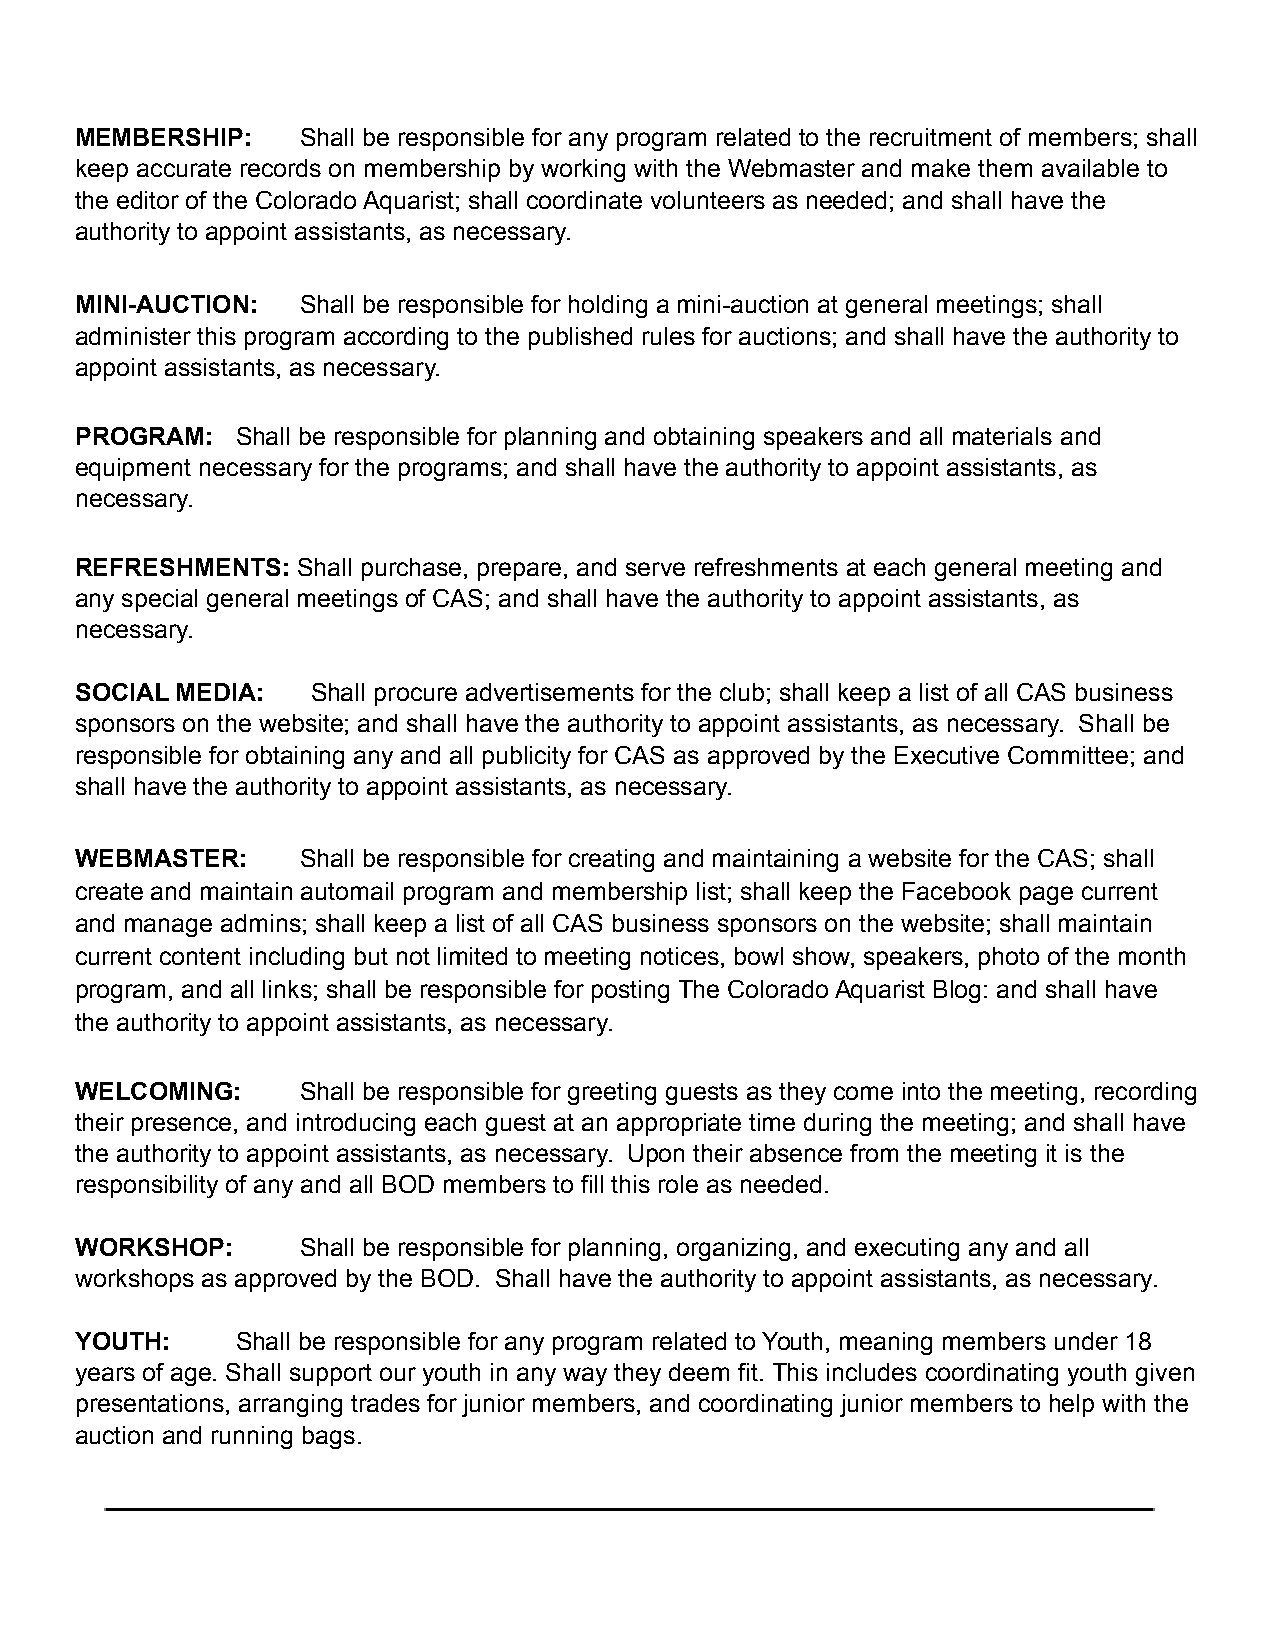
MEMBERSHIP:    Shall be responsible for any program related to the recruitment of members; shall
 keep accurate records on membership by working with the Webmaster and make them available to
 the editor of the Colorado Aquarist; shall coordinate volunteers as needed; and shall have the
 authority to appoint assistants, as necessary.
 MINI-AUCTION:  Shall be responsible for holding a mini-auction at general meetings; shall
 administer this program according to the published rules for auctions; and shall have the authority to
 appoint assistants, as necessary.
 PROGRAM:   Shall be responsible for planning and obtaining speakers and all materials and
 equipment necessary for the programs; and shall have the authority to appoint assistants, as
 necessary.
 REFRESHMENTS:  Shall purchase, prepare, and serve refreshments at each general meeting and
 any special general meetings of CAS; and shall have the authority to appoint assistants, as
 necessary.
 SOCIAL MEDIA:   Shall procure advertisements for the club; shall keep a list of all CAS business
 sponsors on the website; and shall have the authority to appoint assistants, as necessary. Shall be
 responsible for obtaining any and all publicity for CAS as approved by the Executive Committee; and
 shall have the authority to appoint assistants, as necessary.
 WEBMASTER:     Shall be responsible for creating and maintaining a website for the CAS; shall
 create and maintain automail program and membership list; shall keep the Facebook page current
 and manage admins; shall keep a list of all CAS business sponsors on the website; shall maintain
 current content including but not limited to meeting notices, bowl show, speakers, photo of the month
 program, and all links; shall be responsible for posting The Colorado Aquarist Blog: and shall have
 the authority to appoint assistants, as necessary.
 WELCOMING:     Shall be responsible for greeting guests as they come into the meeting, recording
 their presence, and introducing each guest at an appropriate time during the meeting; and shall have
 the authority to appoint assistants, as necessary. Upon their absence from the meeting it is the
 responsibility of any and all BOD members to fill this role as needed.
 WORKSHOP:      Shall be responsible for planning, organizing, and executing any and all
 workshops as approved by the BOD. Shall have the authority to appoint assistants, as necessary.
 YOUTH:     Shall be responsible for any program related to Youth, meaning members under 18
 years of age. Shall support our youth in any way they deem fit. This includes coordinating youth given
 presentations, arranging trades for junior members, and coordinating junior members to help with the
 auction and running bags.